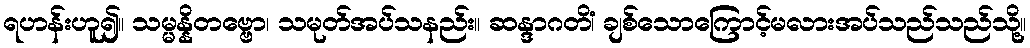
ရဟန်းဟူ၍။ သမ္မန္နိတဗ္ဗော၊ သမုတ်အပ်သနည်း။ ဆန္ဒာဂတိံ၊ ချစ်သောကြောင့်မလားအပ်သည်သည်သို့။